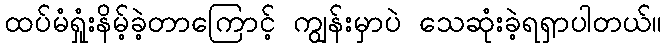
ထပ်မံရှုံးနိမ့်ခဲ့တာကြောင့် ကျွန်းမှာပဲ သေဆုံးခဲ့ရရှာပါတယ်။